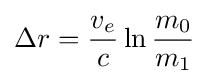
\Delta r={\frac {v_{e}}{c}}\ln {\frac {m_{0}}{m_{1}}}